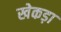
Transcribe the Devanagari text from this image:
खेकड़ा